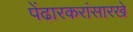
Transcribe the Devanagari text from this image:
पेंढारकरांसारखे